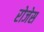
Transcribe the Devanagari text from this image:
रोजेस